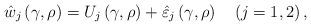
LaTeX: \begin{align*}\hat{{w}}_{j}\left( {\gamma,\rho}\right) =U_{j}\left( {\gamma,\rho}\right)+\hat{{\varepsilon}}_{j}\left( {\gamma,\rho}\right) \quad\left({j=1,2}\right) , \end{align*}